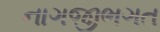
નાગજીભગત